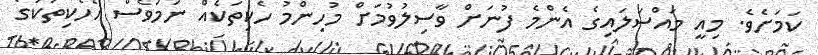
ކަމަށެވެ. މިއީ މައްސަލައިގެ އެންމެ ފުނަށް ވާސިލުވުމަށް މުހިންމު ހެކިތަކެއް ނަމަވެސް އެހެކިތަކުގެ